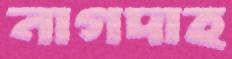
নাগদাহ